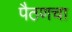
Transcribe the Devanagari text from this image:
पैठणचा